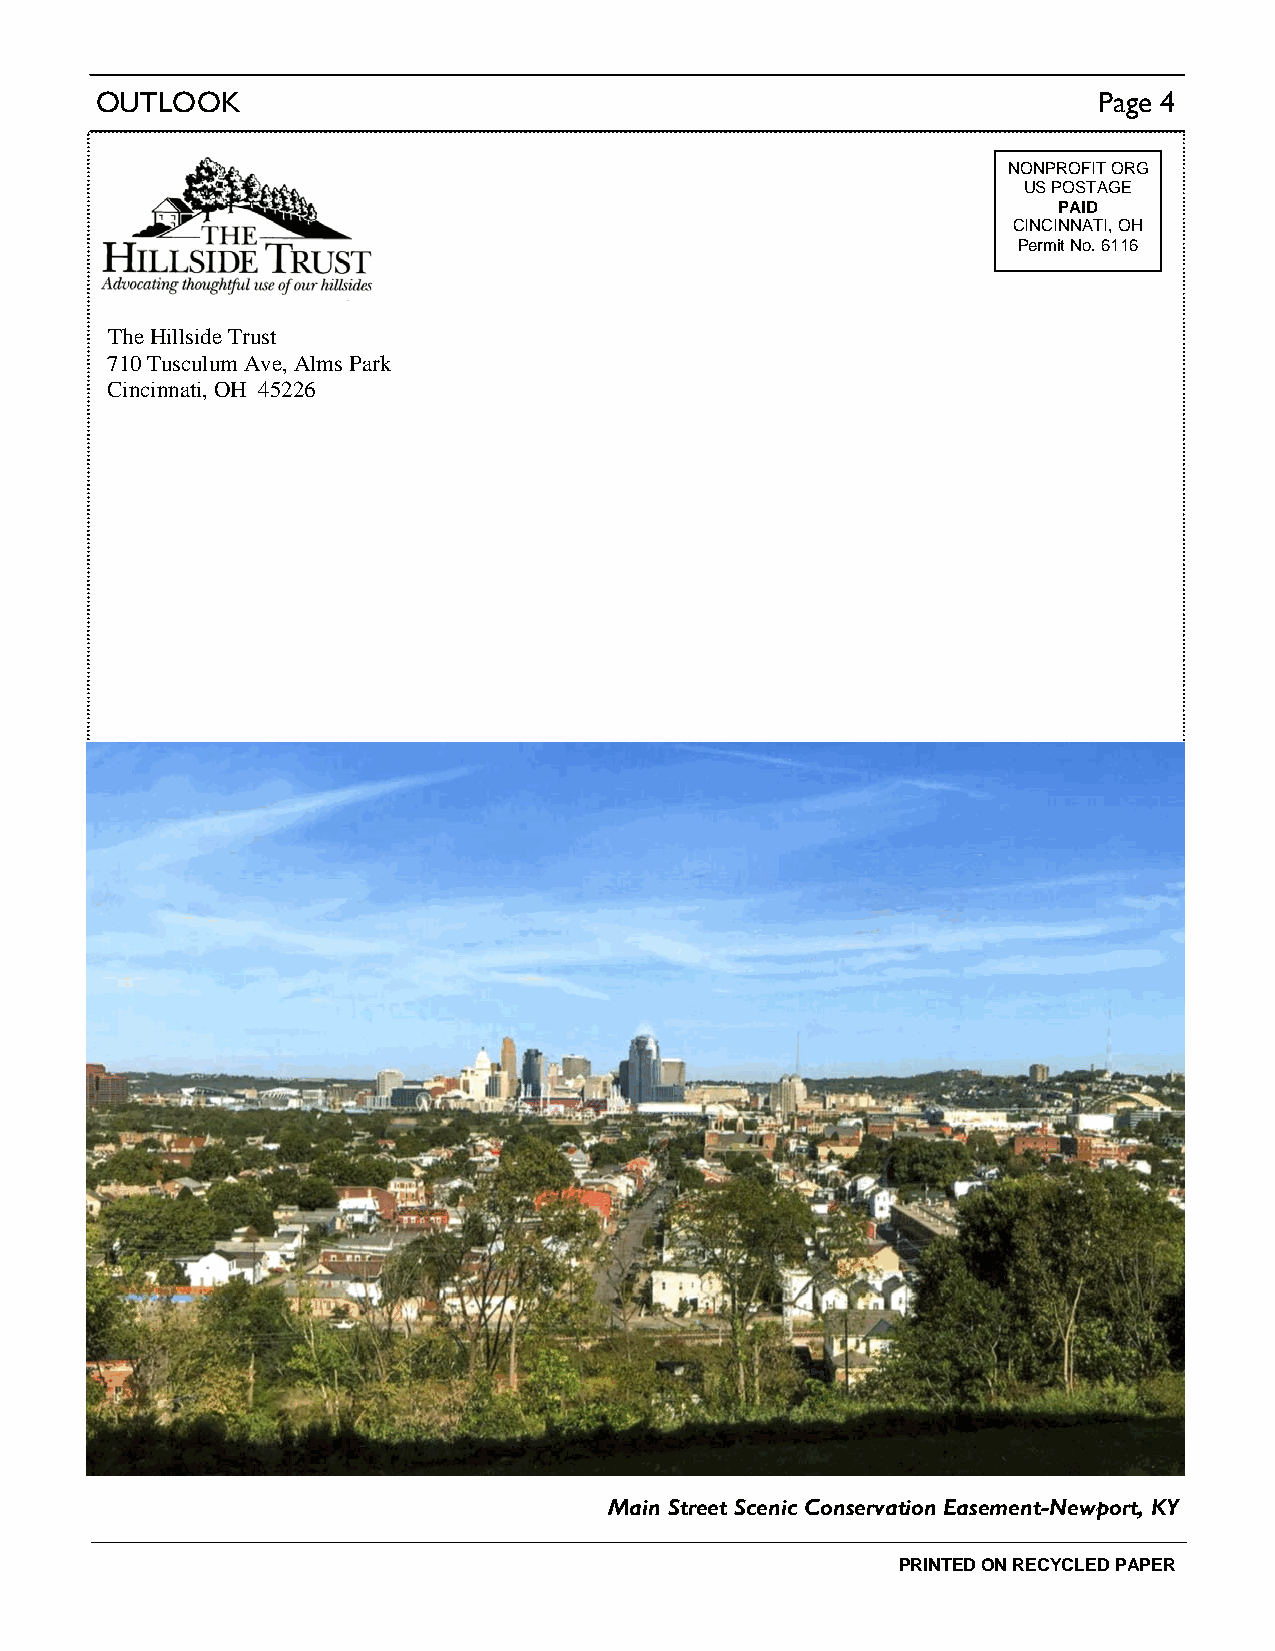
OUTLOOK                                                            Page 4
 NONPROFIT ORG
 US POSTAGE
 PAID
 CINCINNATI, OH
 Permit No. 6116
 The Hillside Trust
 710 Tusculum Ave, Alms Park
 Cincinnati, OH 45226
 Main Street Scenic Conservation Easement-Newport, KY
 PRINTED ON RECYCLED PAPER